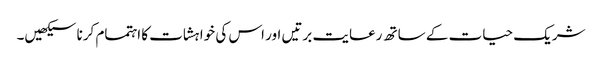
شریک حیات کے ساتھ رعایت برتیں اور اس کی خواہشات کا اہتمام کرنا سیکھیں۔